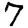
Digit: 7